Lunatic asylums Burma 1922-24 - 1922-1924
Year: 1922
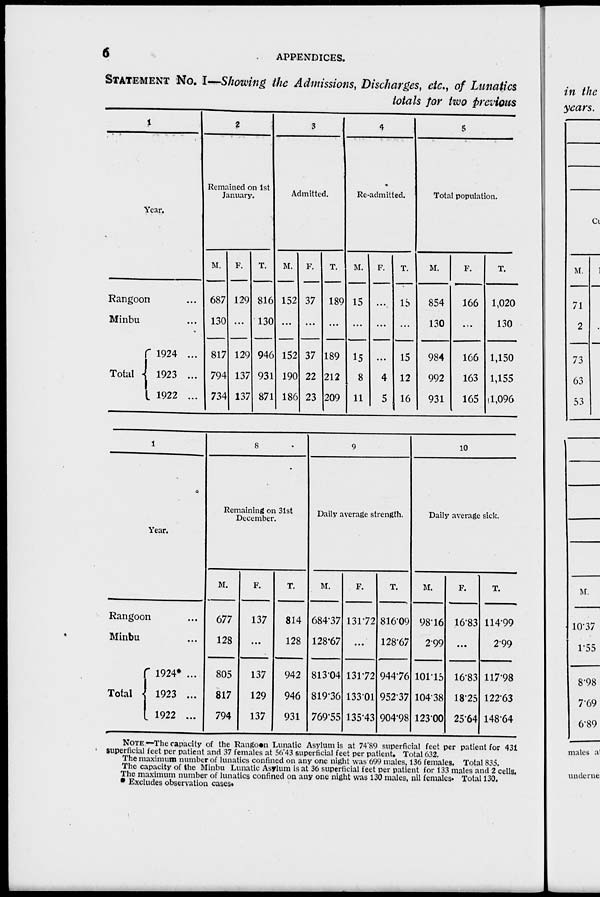
6
APPENDICES.
STATEMENT No. I—Showing the Admissions, Discharges, etc., of Lunatics
totals for two previous
1
Year.
Rangoon ...
Minbu ...
Total
1924 ...
1923 ...
1922 ...
2
Remained on 1st
January.
M.
687
130
817
794
734
F.
129
...
129
137
137
T.
816
130
946
931
871
3
Admitted.
M.
152
...
152
190
186
F.
37
...
37
22
23
T.
189
...
189
212
209
4
Re-admitted.
M.
15
...
15
8
11
F.
...
...
...
4
5
T.
15
...
15
12
16
5
Total population.
M.
854
130
984
992
931
F.
166
...
166
163
165
T.
1,020
130
1,150
1,155
1,096
NOTE.—The capacity of the Rangoon Lunatic Asylum is at 74.89 superficial feet per patient for 431
superficial feet per patient and 37 females at 56.43 superficial feet per patient. Total 632.
The maximum number of lunatics confined on any one night was 699 males, 136 females. Total 835.
The capacity of the Minbu Lunatic Asylum is at 36 superficial feet per patient for 133 males and 2 cells.
The maximum number of lunatics confined on any one night was 130 males, nil females. Total 130.
* Excludes observation cases.
1
Year.
Rangoon
Minbu ...
Total
1924* ...
1923 ...
1922 ...
8
Remaining on 31st
December.
M.
677
128
805
817
794
F.
137
...
137
129
137
T.
814
128
942
946
931
9
Daily average strength.
M.
684.37
128.67
81304
819.36
769.55
F.
13172
...
13172
13301
135.43
T.
81609
128.67
944.76
952.37
904.98
10
Daily average sick.
M.
98.16
2.99
10115
104.38
12300
F.
16.83
...
16.83
18.25
25.64
T.
114.99
2.99
117.98
122.63
148.64